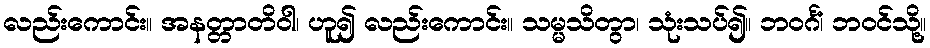
လည်းကောင်း။ အနတ္တာတိဝါ၊ ဟူ၍ လည်းကောင်း။ သမ္မသိတွာ၊ သုံးသပ်၍။ ဘဝင်္ဂံ၊ ဘဝင်သို့။